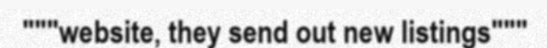
"""website, they send out new listings"""